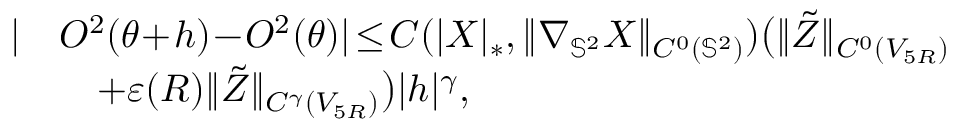
\begin{array} { r l } { | } & { O ^ { 2 } ( { \boldsymbol { \theta } } \! + \! { \boldsymbol { h } } ) \! - \! O ^ { 2 } ( { \boldsymbol { \theta } } ) | \! \leq \! C ( | \boldsymbol { X } | _ { * } , \| \nabla _ { \mathbb { S } ^ { 2 } } \boldsymbol { X } \| _ { C ^ { 0 } ( \mathbb { S } ^ { 2 } ) } ) \big ( \| \tilde { Z } \| _ { C ^ { 0 } ( V _ { 5 R } ) } } \\ & { \quad + \varepsilon ( R ) \| \tilde { Z } \| _ { C ^ { \gamma } ( V _ { 5 R } ) } \big ) | { \boldsymbol { h } } | ^ { \gamma } , } \end{array}